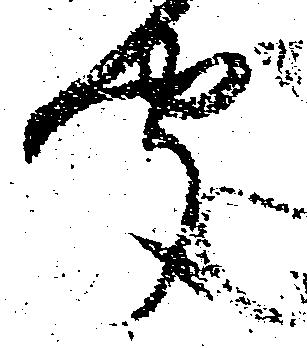
聞